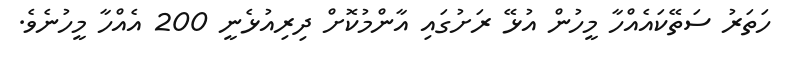
ހަތަރު ސަތޭކައެއްހާ މީހުން އުޅޭ ރަށުގައި އާންމުކޮށް ދިރިއުޅެނީ 200 އެއްހާ މީހުނެވެ.